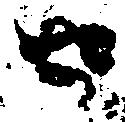
せ